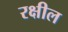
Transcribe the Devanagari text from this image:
रक्षील